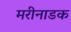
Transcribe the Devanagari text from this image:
मरीनाडक